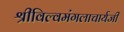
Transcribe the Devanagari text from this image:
श्रीविल्वमंगलाचार्यजी